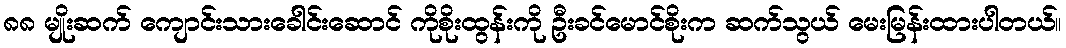
၈၈ မျိုးဆက် ကျောင်းသားခေါင်းဆောင် ကိုစိုးထွန်းကို ဦးခင်မောင်စိုးက ဆက်သွယ် မေးမြန်းထားပါတယ်။